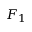
F _ { 1 }